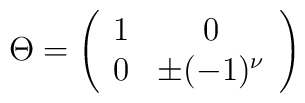
\Theta = \left ( \begin{array}{cc} 1 & 0 \\ 0 & \pm (-1)^\nu \end{array}             \right )